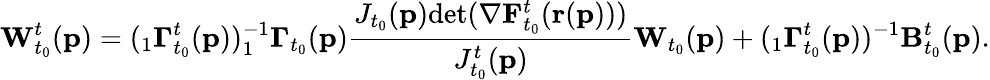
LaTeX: \mathbf{W}_{t_{0}}^{t}(\mathbf{p})=(_{1}\mathbf{\Gamma}_{t_{0}}^{t}(\mathbf{p}))^{-1}_{1}\mathbf{\Gamma}_{t_{0}}(\mathbf{p})\frac{J_{t_{0}}(\mathbf{p})\textup{det}(\mathbf{\nabla}\mathbf{F}_{t_{0}}^{t}(\mathbf{r}(\mathbf{p})))}{J_{t_{0}}^{t}(\mathbf{p})}\mathbf{W}_{t_{0}}(\mathbf{p})+(_{1}\mathbf{\Gamma}_{t_{0}}^{t}(\mathbf{p}))^{-1}\mathbf{B}_{t_{0}}^{t}(\mathbf{p}).